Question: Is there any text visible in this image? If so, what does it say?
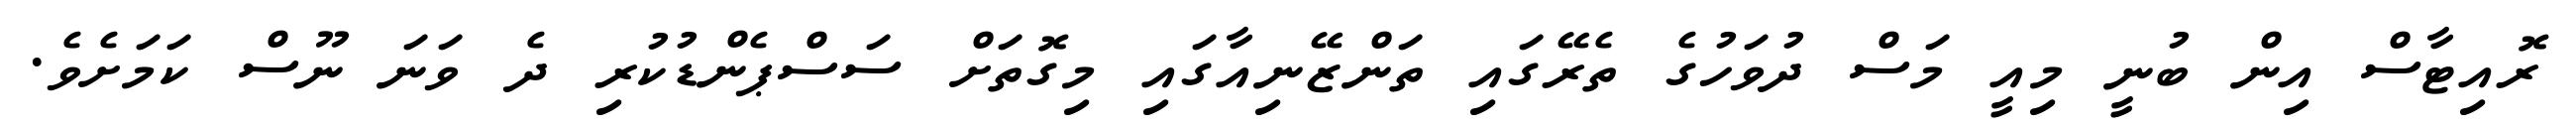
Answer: ރޮއިޓާސް އިން ބުނީ މިއީ މަސް ދުވަހުގެ ތެރޭގައި ތަންޒޭނިއާގައި މިގޮތަށް ސަސްޕެންޑުކުރި ދެ ވަނަ ނޫސް ކަމަށެވެ.